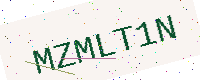
Text: MZMLT1N